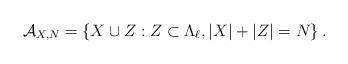
LaTeX: \begin{align*}\mathcal{A}_{X,N}=\{X\cup Z: Z\subset\Lambda_\ell, |X|+|Z|=N\}\:.\end{align*}